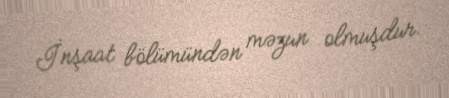
İnşaat bölümündən məzun olmuşdur.